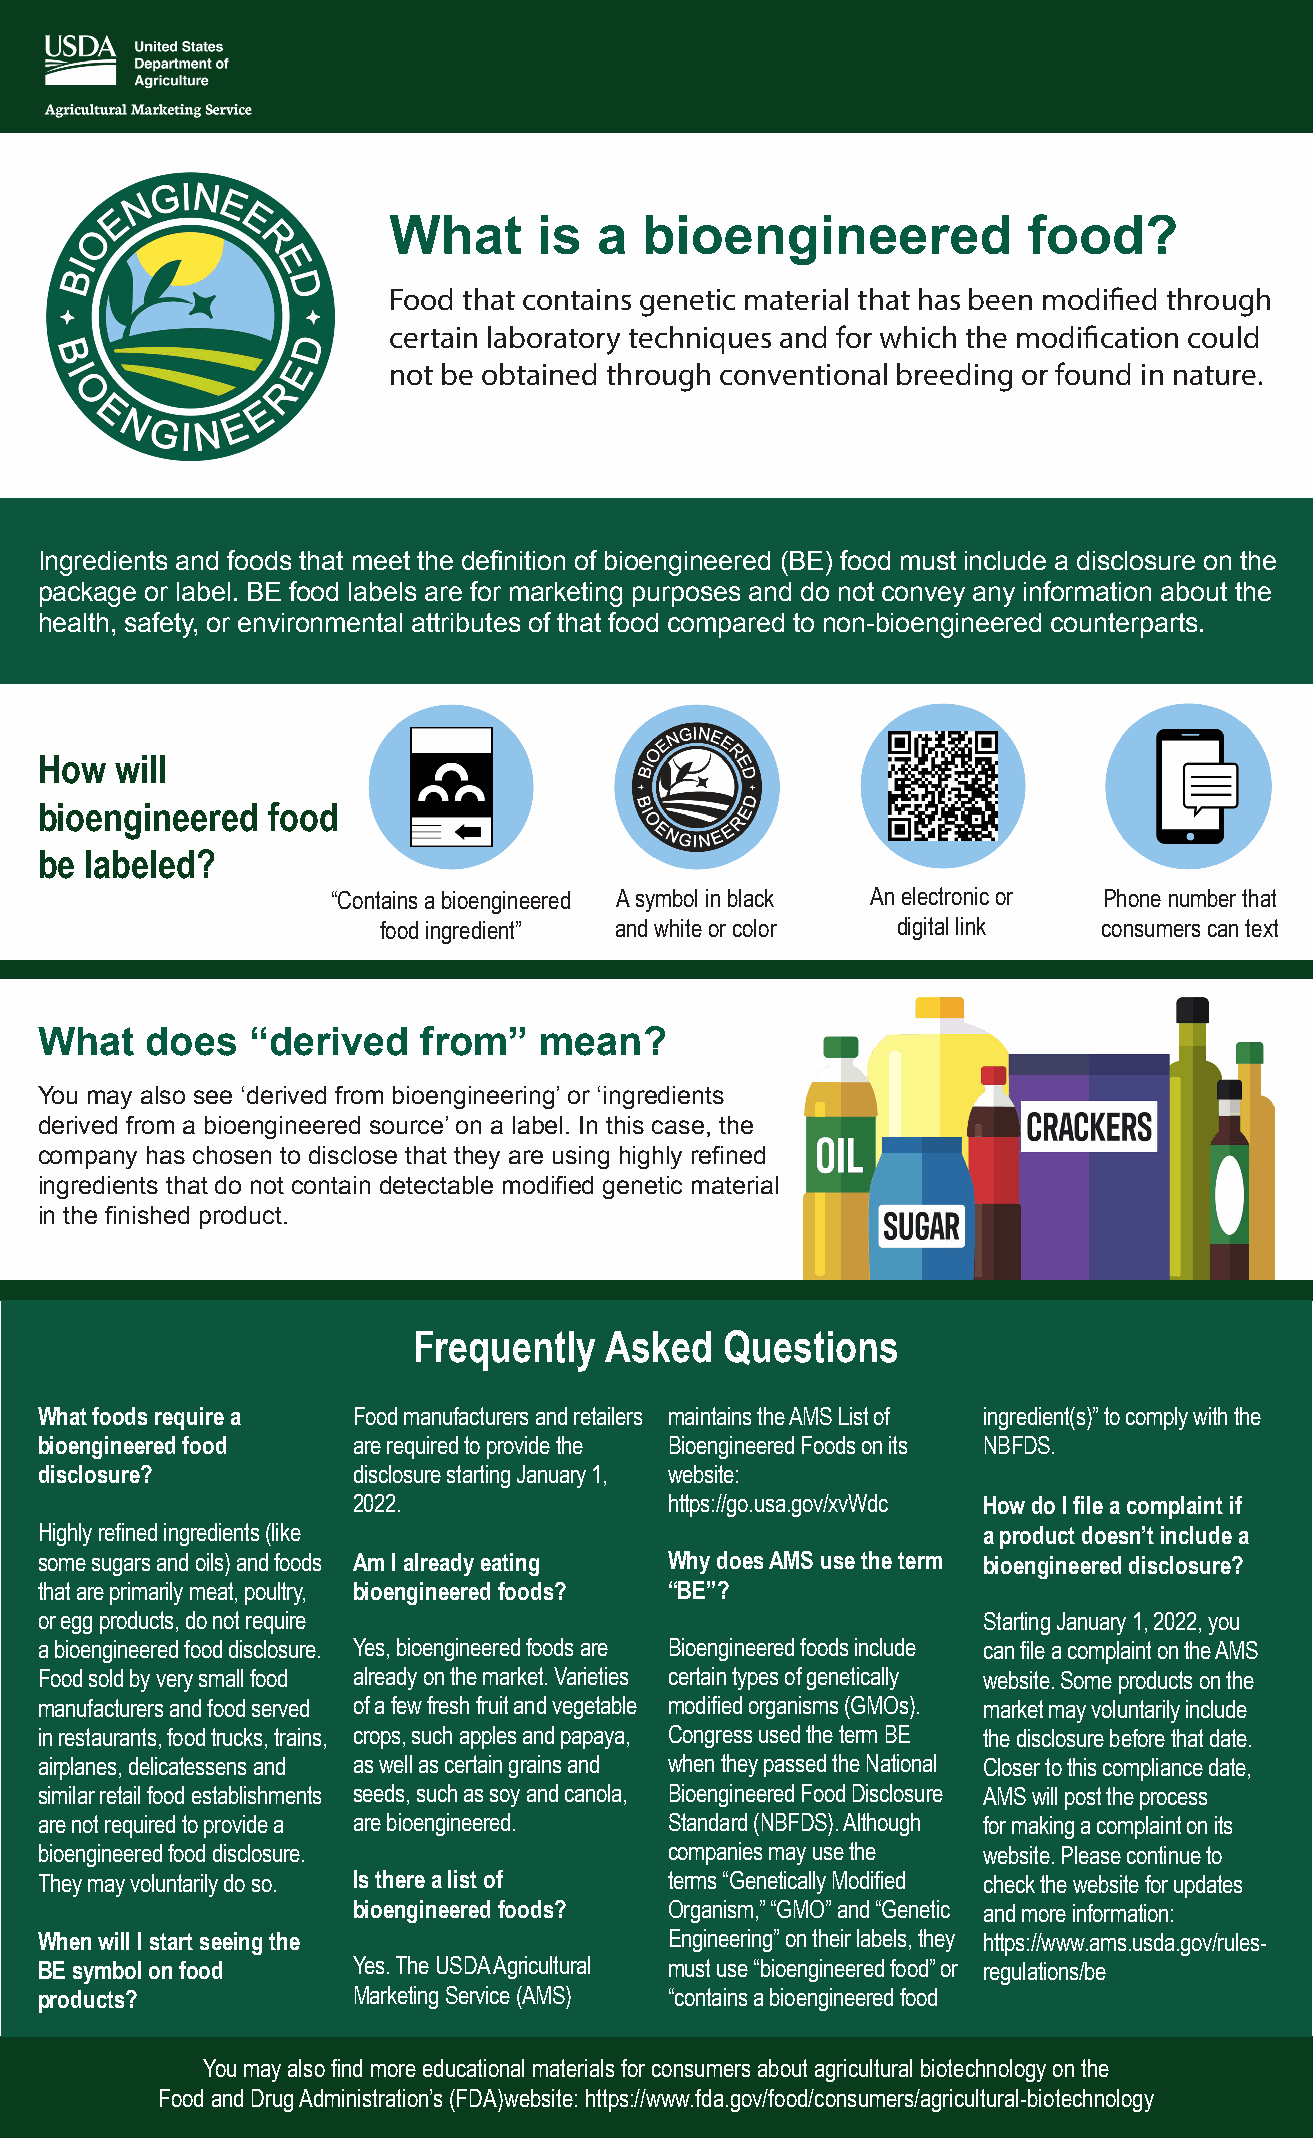
What      is  a  bioengineered            food?
 Food that contains genetic material that has been modified through
 certain laboratory techniques and for which the modification could
 not be obtained through conventional breeding or found in nature.
 Ingredients and foods that meet the definition of bioengineered (BE) food must include a disclosure on the
 package or label. BE food labels are for marketing purposes and do not convey any information about the
 health, safety, or environmental attributes of that food compared to non-bioengineered counterparts.
 How   will
 bioengineered   food
 be  labeled?
 “Contains a bioengineered A symbol in black An electronic or Phone number that
 food ingredient” and white or color digital link consumers can text
 What    does  “derived    from”   mean?
 You may also see ‘derived from bioengineering’ or ‘ingredients
 derived from a bioengineered source’ on a label. In this case, the
 company has chosen to disclose that they are using highly refined
 ingredients that do not contain detectable modified genetic material
 in the finished product.
 Frequently   Asked   Questions
 What foods require a Food manufacturers and retailers maintains the AMS List of ingredient(s)” to comply with the
 bioengineered food   are required to provide the Bioengineered Foods on its NBFDS.
 disclosure?          disclosure starting January 1, website:
 2022.                https://go.usa.gov/xvWdc How do I file a complaint if
 Highly refined ingredients (like                               a product doesn’t include a
 some sugars and oils) and foods Am I already eating Why does AMS use the term bioengineered disclosure?
 that are primarily meat, poultry, bioengineered foods? “BE”?
 or egg products, do not require                                Starting January 1, 2022, you
 a bioengineered food disclosure. Yes, bioengineered foods are Bioengineered foods include can file a complaint on the AMS
 Food sold by very small food already on the market. Varieties certain types of genetically website. Some products on the
 manufacturers and food served of a few fresh fruit and vegetable modified organisms (GMOs). market may voluntarily include
 in restaurants, food trucks, trains, crops, such apples and papaya, Congress used the term BE the disclosure before that date.
 airplanes, delicatessens and as well as certain grains and when they passed the National Closer to this compliance date,
 similar retail food establishments seeds, such as soy and canola, Bioengineered Food Disclosure AMS will post the process
 are not required to provide a are bioengineered. Standard (NBFDS). Although for making a complaint on its
 bioengineered food disclosure.            companies may use the website. Please continue to
 They may voluntarily do so. Is there a list of terms “Genetically Modified check the website for updates
 bioengineered foods? Organism,” “GMO” and “Genetic and more information:
 When will I start seeing the              Engineering” on their labels, they https://www.ams.usda.gov/rules-
 BE symbol on food    Yes. The USDA Agricultural must use “bioengineered food” or regulations/be
 products?            Marketing Service (AMS) “contains a bioengineered food
 You may also find more educational materials for consumers about agricultural biotechnology on the
 Food and Drug Administration’s (FDA)w ebsite: https://www.fda.gov/food/consumers/agricultural-biotechnology